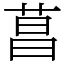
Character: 菖